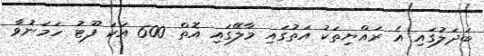
ބަދަލުގައި އެ ރައްޔިތަކު އަތުގައި މާލޭގައި އޮތް 600 އަކަ ފޫޓު ހަމަނުވާ